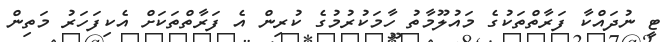
ޓީ ނުދައްކާ ފަރާތްތަކުގެ މައުލޫމާތު ހާމަކުރުމުގެ ކުރިން އެ ފަރާތްތަކަށް އެކިފަހަރު މަތިން